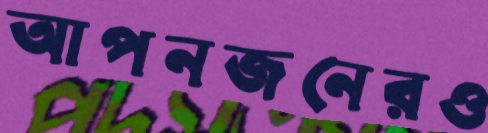
আপনজনেরও